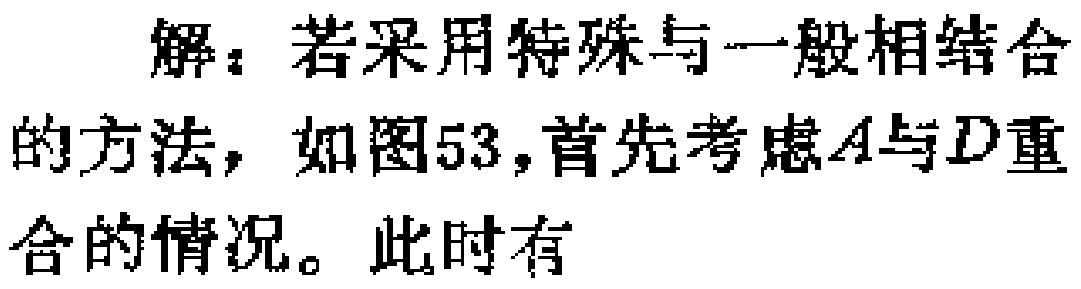
解：若采用特殊与一般相结合的方法，如图53，首先考虑\(A\)与\(D\)重合的情况。此时有